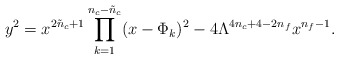
\begin{align*}y^{2} = x^{2\tilde{n}_{c}+1} \prod_{k=1}^{n_{c}-\tilde{n}_{c}} (x-\Phi_{k})^{2} - 4 \Lambda^{4n_c + 4 - 2 n_f} x^{n_f-1} .\end{align*}